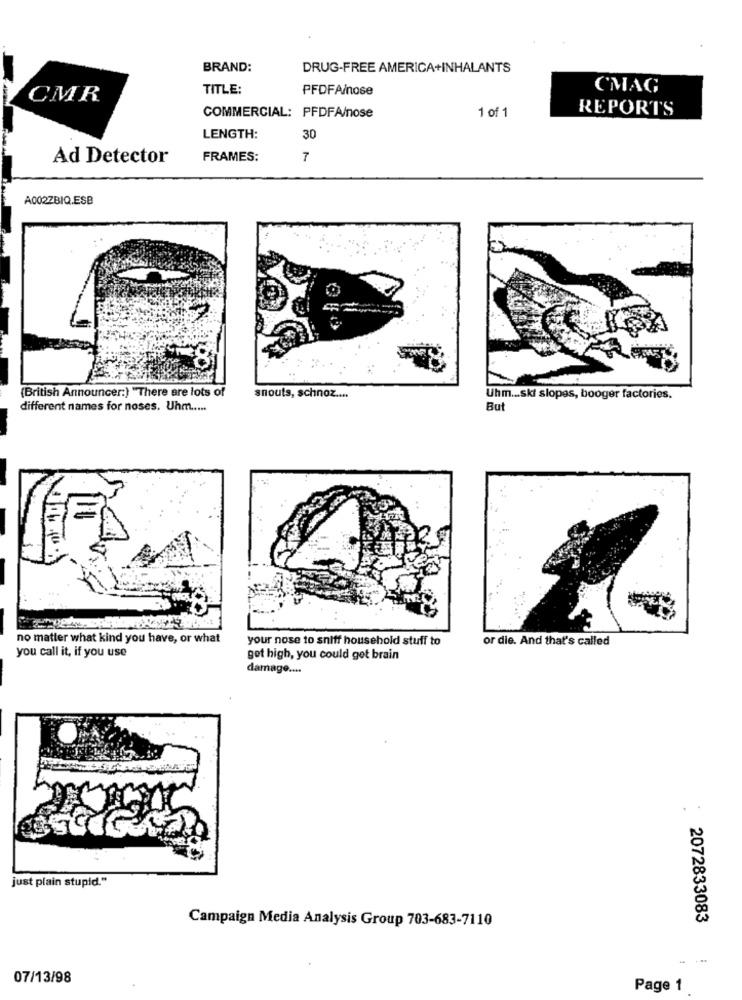
BRAND:
DRUG-FREE AMERICA+INHALANTS
TITLE:
PFDFA/nose
CMAG
CMR
REPORTS
COMMERCIAL: PFDFA/nose
1 of 1
LENGTH:
30
Ad Detector
FRAMES:
7
A002ZBIQ.ESB
(British Announcer:) "There are lots of
snouts, schnoz ....
Uhm ... ski slopes, booger factories.
different names for noses. Uhm .....
Bu
no matter what kind you have, or what
your nose to sniff household stuff to
or die. And that's called
you call it, if you use
get high, you could get brain
damage ....
just plain stupid."
Campaign Media Analysis Group 703-683-7110
2072833083
07/13/98
Page 1